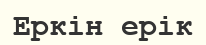
Еркін ерік